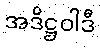
အဒိဋ္ဌဝါဒီ